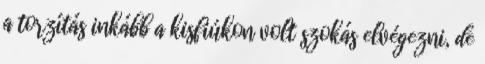
a torzítás inkább a kisfiúkon volt szokás elvégezni, de